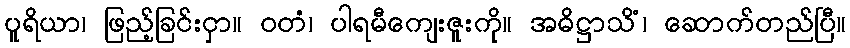
ပူရိယာ၊ ဖြည့်ခြင်းငှာ။ ဝတံ၊ ပါရမီကျေးဇူးကို။ အဓိဋ္ဌာသိံ၊ ဆောက်တည်ပြီ။